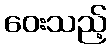
ဝေးသည့်